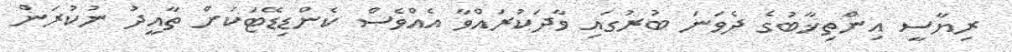
ރިޔާސީ އިންތިޚާބުގެ ދެވަނަ ބުރުގައި ވާދަކުރައްވާ އެއްވެސް ކެންޑިޑޭޓަކަށް ތާއީދު ނުކުރަން